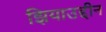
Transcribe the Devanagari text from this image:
झियाउद्दीन